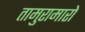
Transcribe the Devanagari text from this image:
तामुरामारो